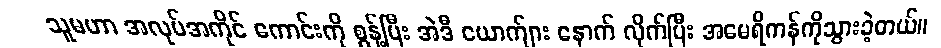
သူမဟာ အလုပ်အကိုင် ကောင်းကို စွန့်ပြီး အဲဒီ ယောက်ျား နောက် လိုက်ပြီး အမေရိကန်ကိုသွားခဲ့တယ်။